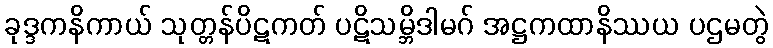
ခုဒ္ဒကနိကာယ် သုတ္တန်ပိဋကတ် ပဋိသမ္ဘိဒါမဂ် အဋ္ဌကထာနိဿယ ပဌမတွဲ